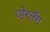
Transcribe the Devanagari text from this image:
व्हेरलॅग